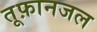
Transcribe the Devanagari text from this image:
तूफ़ानजल